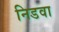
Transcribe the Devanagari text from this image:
निडवा